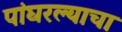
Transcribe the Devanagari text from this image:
पांघरल्याचा